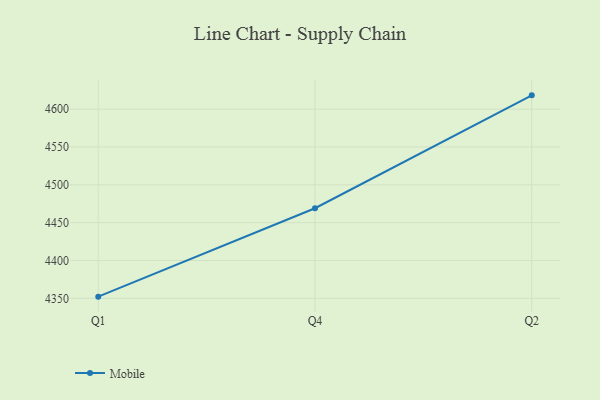
{"axis": {"x": "Quarter", "y": "Operating Costs (USD K)"}, "legend": ["Mobile"], "data": [{"x": "Q1", "y": 4352.2, "type": "Mobile"}, {"x": "Q4", "y": 4469.0, "type": "Mobile"}, {"x": "Q2", "y": 4618.2, "type": "Mobile"}]}